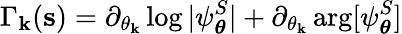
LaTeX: \Gamma_{\mathbf{k}}(\mathbf{{s}})=\partial_{\theta_{\mathbf{k}}}\log|\psi_{\boldsymbol\theta}^{S}|+\partial_{\theta_{\mathbf{k}}}\arg[\psi_{\boldsymbol\theta}^{S}]